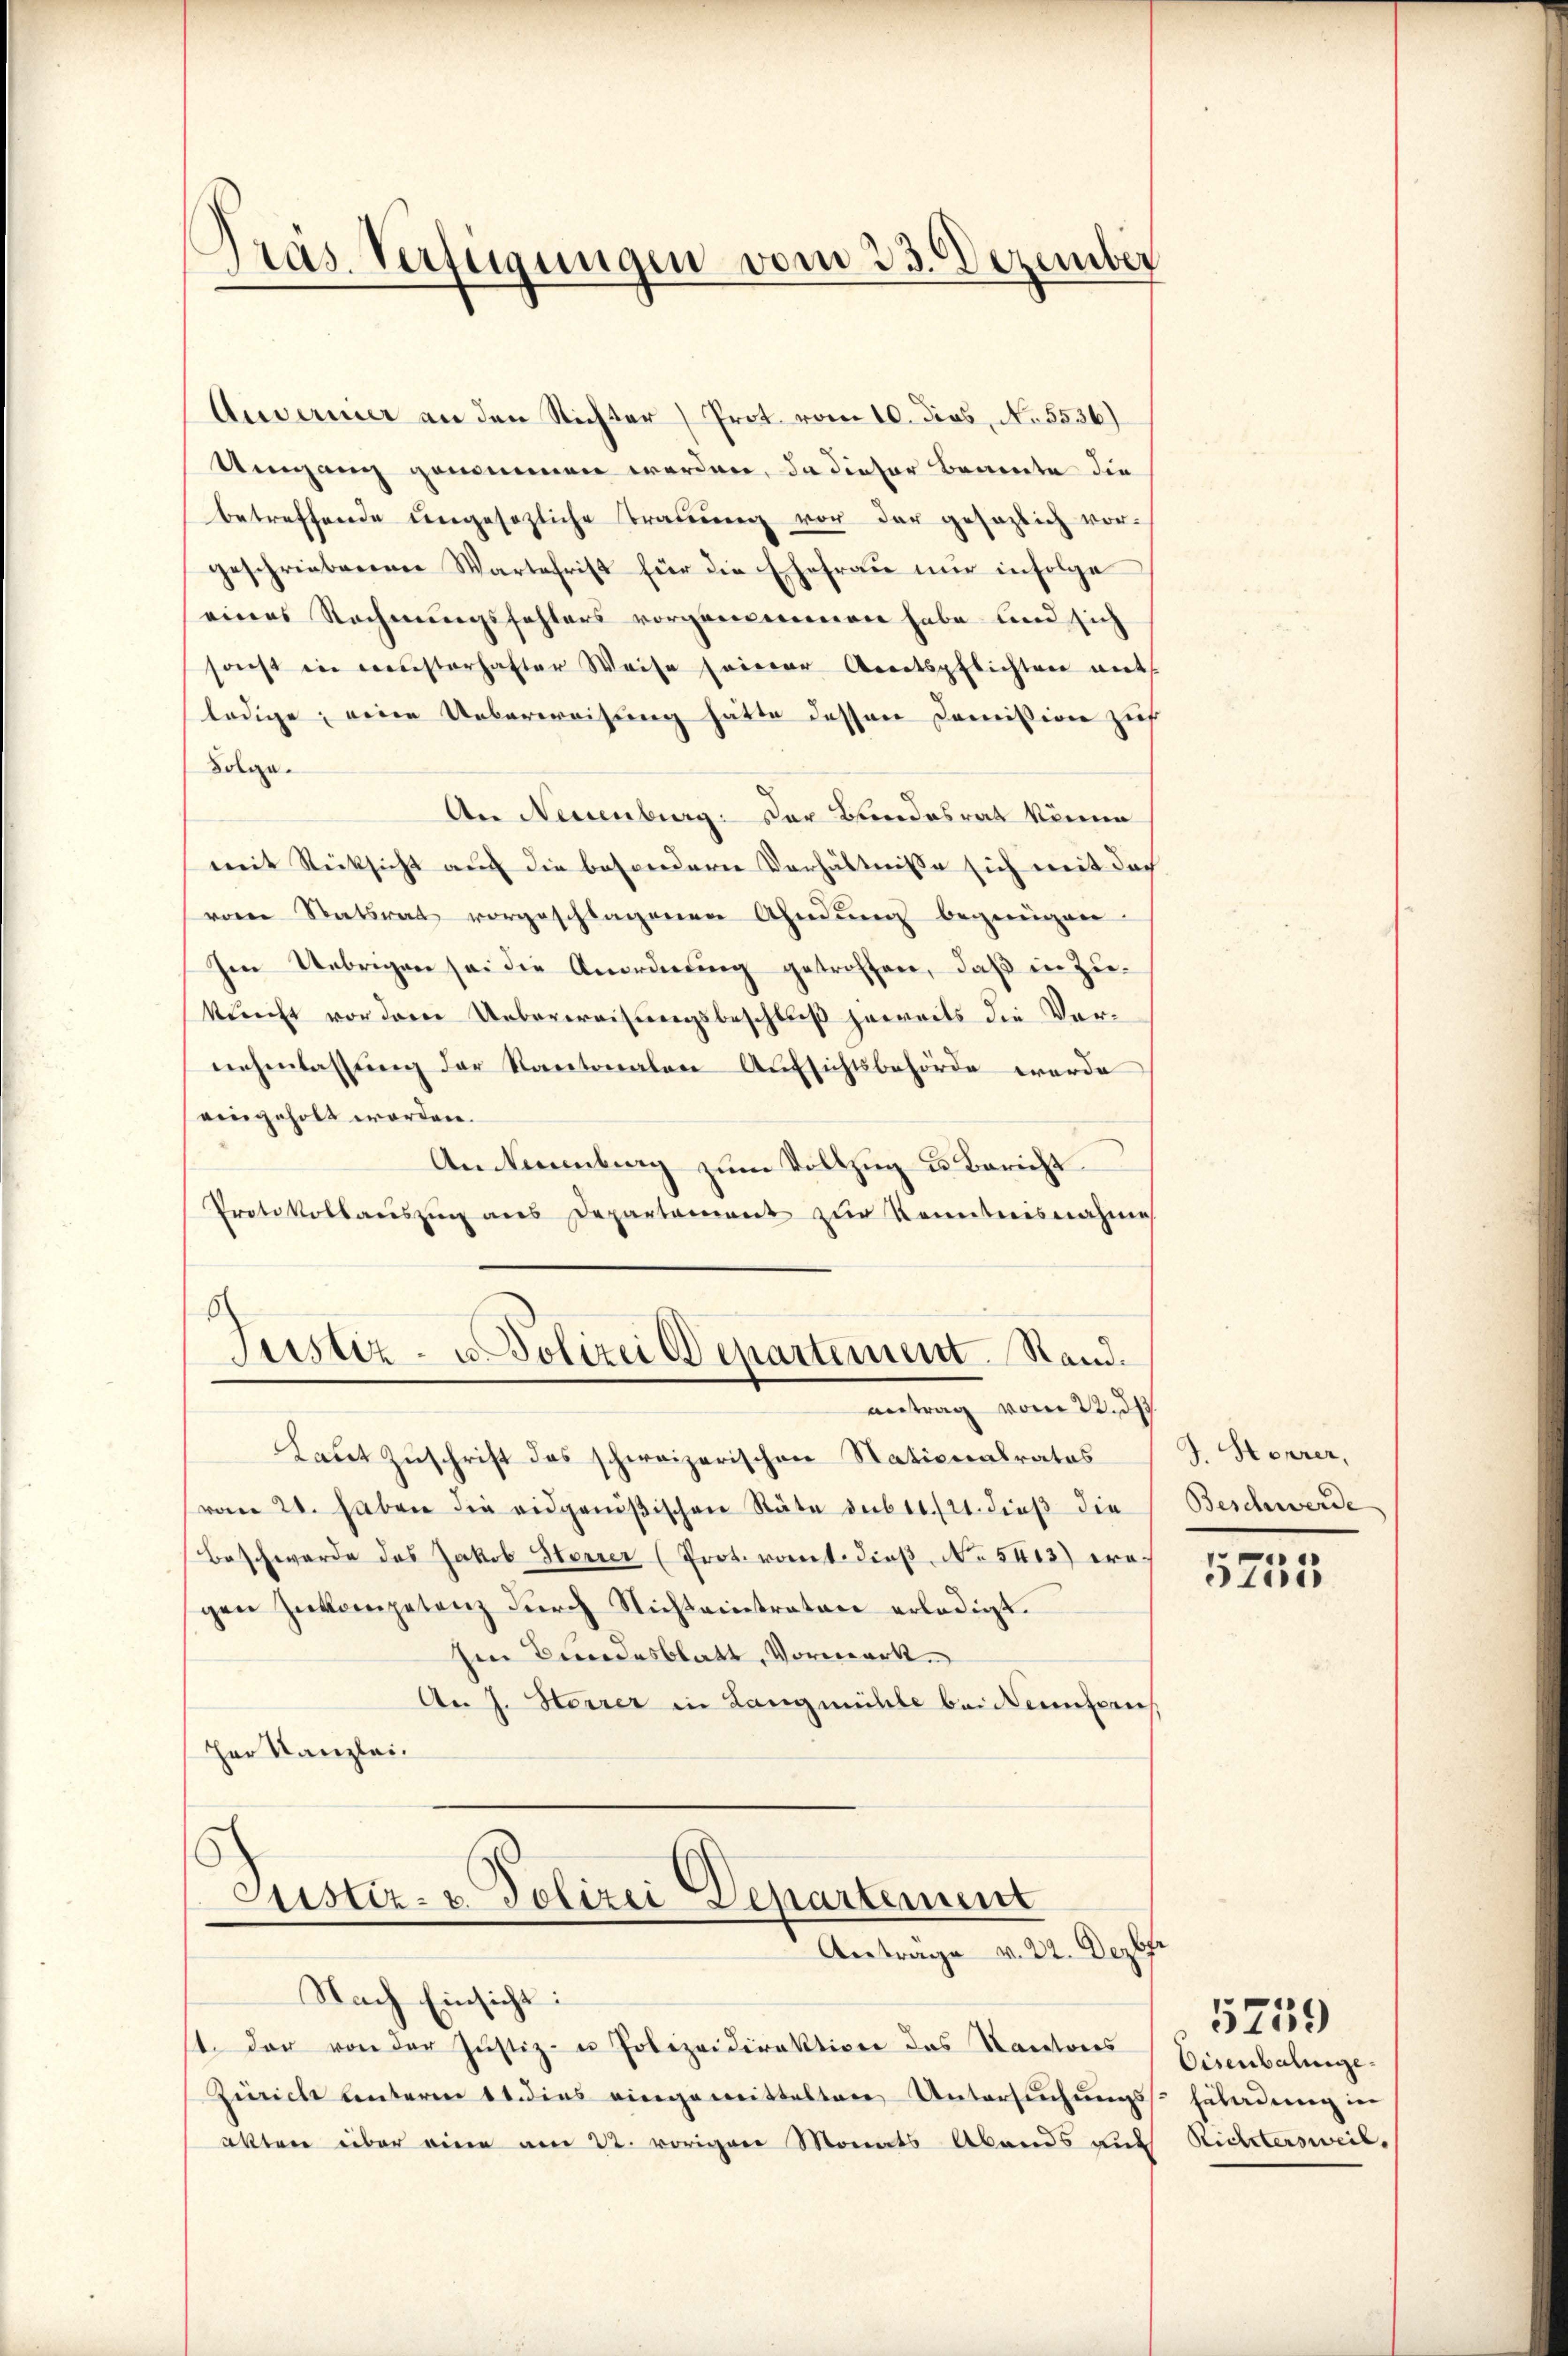
Auvernier an den Richter Prot vom 10. dies, No. 5536)
Umgang genommen worden, da dieser Beamte die
betreffende ungesezliche Trauung vor der gesaglich vor-
geschriebenen Wartefrist für die Ehefraŭ nŭr infolge
eines Rechnungsfehlers vorgemeinen habe und sich
sonst in Leisterhafter Weise seiner Areitspflichten mit
ledige; eine Ueberweisung hätte dessen Commission zieh
Solge.
An Neuenburg. Der Bundesrat könne
mit Rücksicht auf die besondere Verhältnisse sich mit das
vom Statsrat vorgeschlagenen Ahndŭng begnügen
Im Uebrigen sei die Anordnŭng getroffen, daβ in Zu-
kunft vor dene Ueberweisungsbeschluß jeweils die Vernehmlassŭng der Kantonalen Aufsichtsbehörde werde
eingeholt worden.
An Neuenburg zum Vollzug u. Bericht
Protokollaŭszŭg ans Departement zŭr Kenntnisnahme

Pras. Verfügungen vom 23. Dezember

Justiz- u. Polizei Departement. Stand.

antrag vom 22. d
Laut Zuschrift des schweizerischen Nationalrates
vom 21. haben die eidgenößischen Stäte sub 14./21. dieß die
Beschwerde das Jakob Steuer (Proteramt dieß No 5413) ergen Inkompetenz durch Nichteintrator erledigt.
sen Bundesblatt, Vormerk.
An J. Herrer in Langmühle bei Kenntens
Her Kanzlei.

Justiz- & Polizei Departement
Antrage v. 22. Dezbr.

Nach Einsicht:
1. Der von der Justiz- u Polizeidirektion des Kantons
Zürich unterm 11. dies eingemittelten Untersuchungs
akten über eine am 22. voriger Monats Abends auf

J. Storrer,
Beschwerde

e
5105

Eisenbahnge
Fäladung in
Richtersweil.

5759